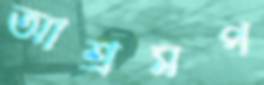
আশ্রমপ